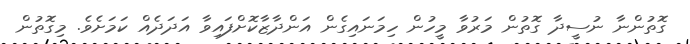
ގޮތުންނާ ނުސީދާ ގޮތުން މަރުވާ މީހުން ހިމަނައިގެން އަންދާޒާކޮށްފައިވާ އަދަދެއް ކަމަށެވެ. މިގޮތުން